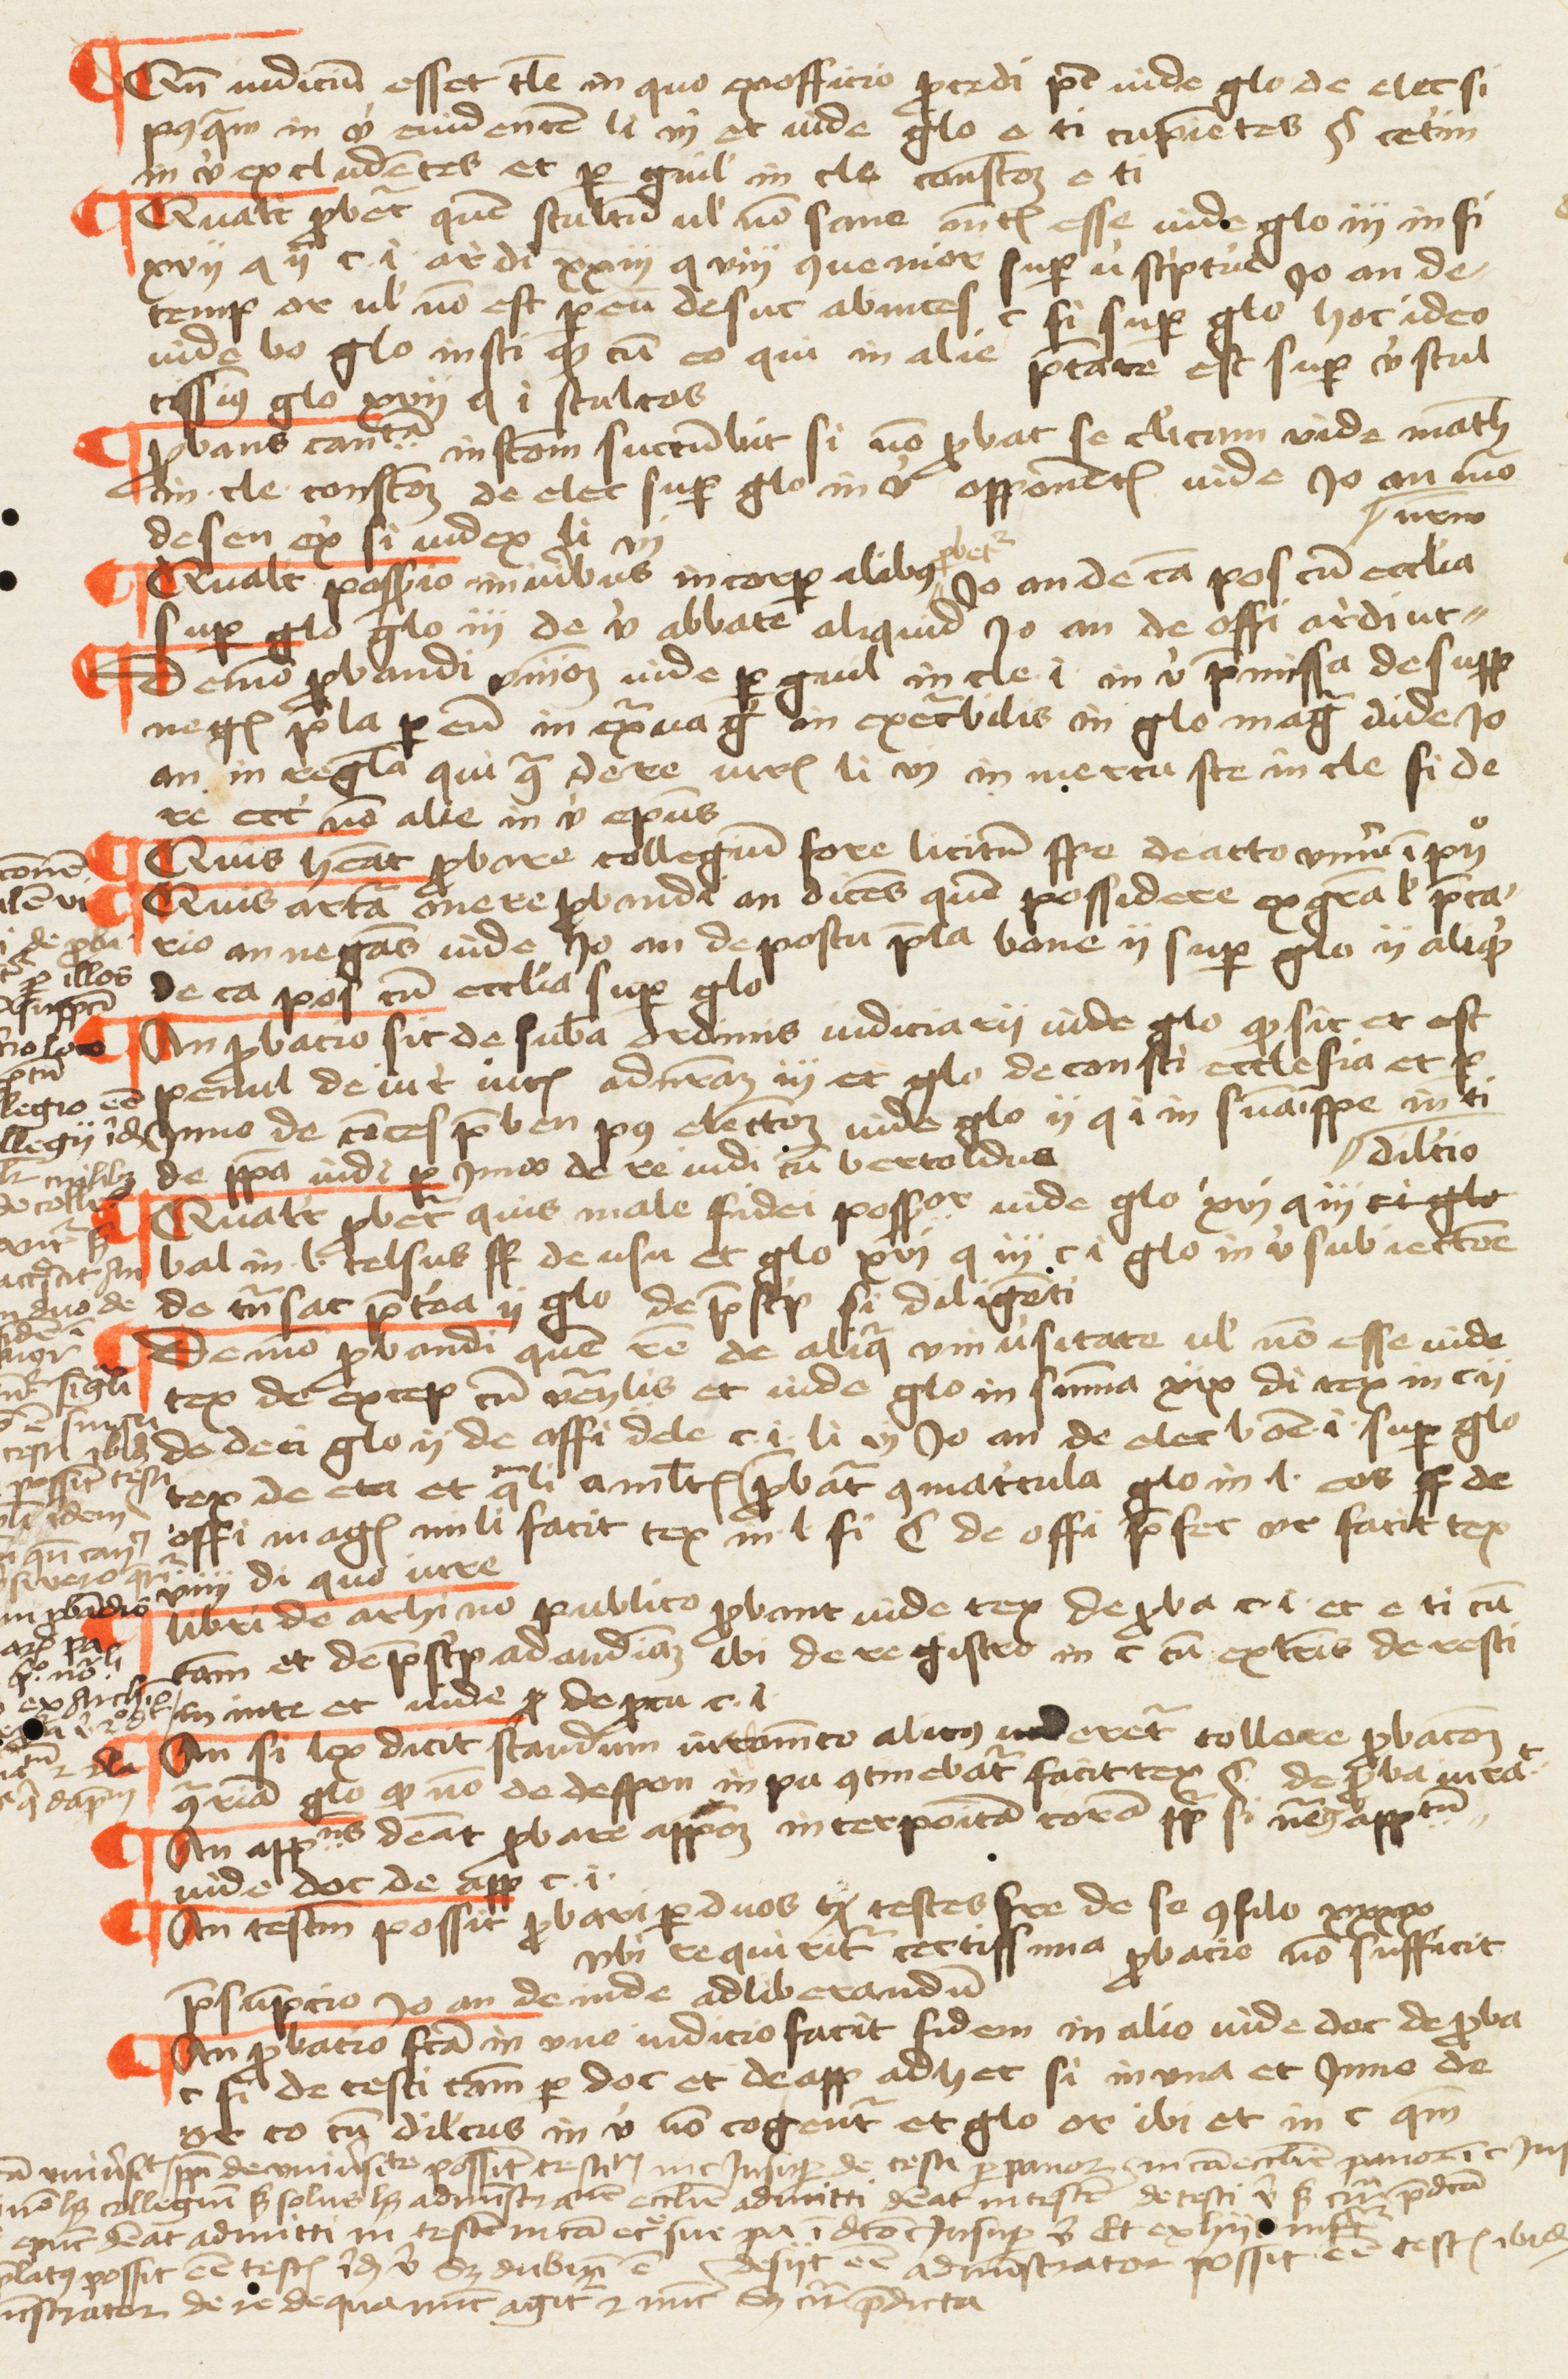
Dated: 1457–1457